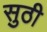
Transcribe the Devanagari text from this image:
सुठी